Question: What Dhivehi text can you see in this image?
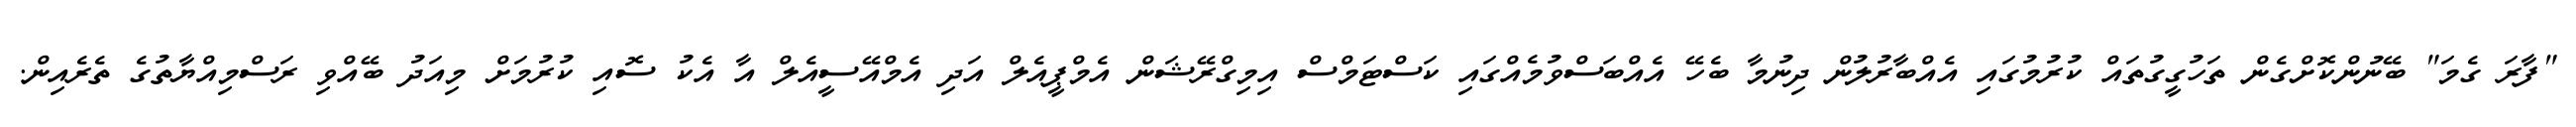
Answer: "ފާރަ ގެމަ" ބޭނުންކޮށްގެން ތަހުގީގުތައް ކުރުމުގައި އެއްބާރުލުން ދިނުމާ ބެހޭ އެއްބަސްވުމެއްގައި ކަސްޓަމްސް އިމިގްރޭޝަން އެމްޕީއެލް އަދި އެމްއޭސީއެލް އާ އެކު ސޮއި ކުރުމަށް މިއަދު ބޭއްވި ރަސްމިއްޔާތުގެ ތެރެއިން.